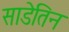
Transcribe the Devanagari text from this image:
साडेतिन